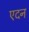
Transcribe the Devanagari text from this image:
एदन